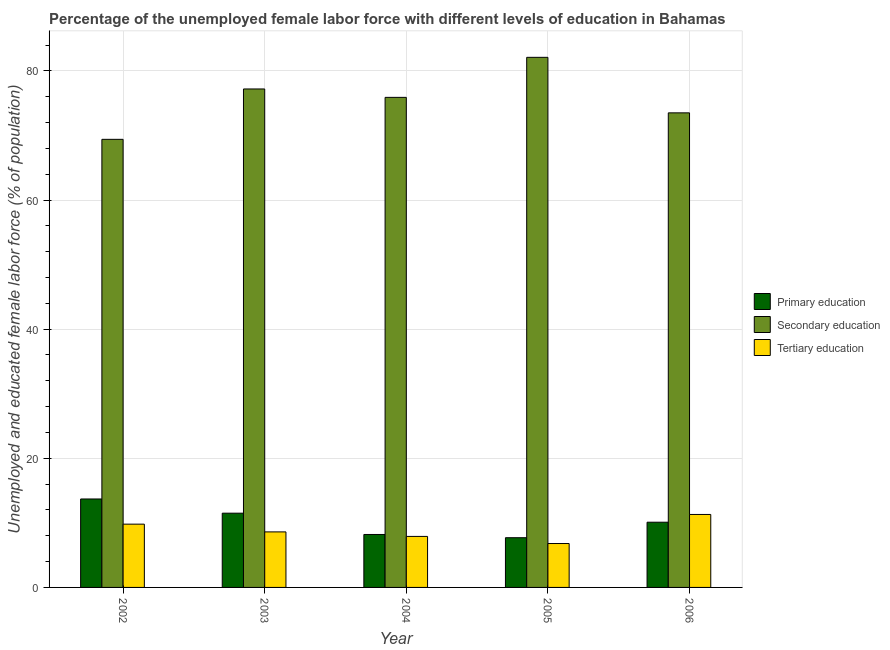
| Year | Primary education | Secondary education | Tertiary education |
 | --- | --- | --- | --- |
 | 2002 | 13.7 | 69.4 | 9.8 |
 | 2003 | 11.5 | 77.2 | 8.6 |
 | 2004 | 8.2 | 75.9 | 7.9 |
 | 2005 | 7.7 | 82.1 | 6.8 |
 | 2006 | 10.1 | 73.5 | 11.3 |